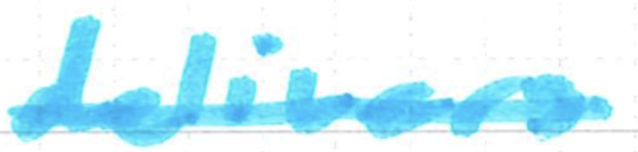
Text: delivers
Cross-out: single-line
Writing tool: marker